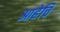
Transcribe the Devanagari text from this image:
आहेचि